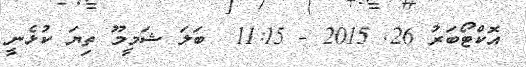
އޮކްޓޯބަރު 26